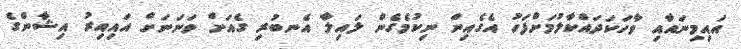
އައިމިނައާއި ވާހަކަދައްކާލުމަށްފަހު އެގެއިން ނިކުމެގެން ލައިލާ އެނބުރި ގެއަށް ވަނަނަށް އައިއިރު އިޝާންގެ